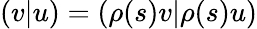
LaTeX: (v|u)=(\rho(s)v|\rho(s)u)